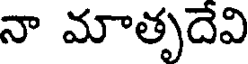
నా మాతృదేవి